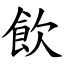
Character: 飲